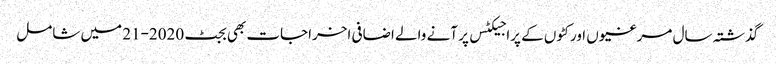
گذشتہ سال مرغیوں اور کٹوں کے پراجیکٹس پر آنے والے اضافی اخراجات بھی بجٹ 2020-21 میں شامل